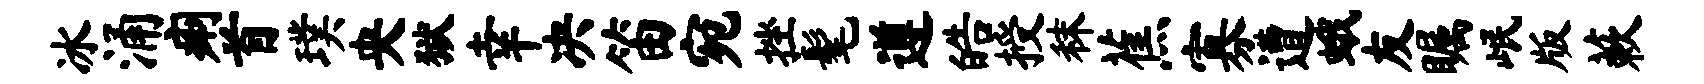
冰涌痢首璞央狱幸决笛宛挫髦遵皓授秣蕉寡遭蛾友瞩岷版蔌